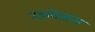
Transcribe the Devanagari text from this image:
उडविताना